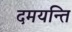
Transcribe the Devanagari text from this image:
दमयन्ति